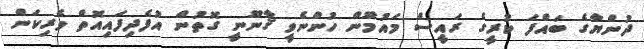
ދުންޔާގެ ބައްފަ ކުރީގެ ރައީސް މައުމޫން ހުންނެވީ ޤާނޫނީ ގޮތުން އުފެދިފައިއޮތް ވެރިކަން